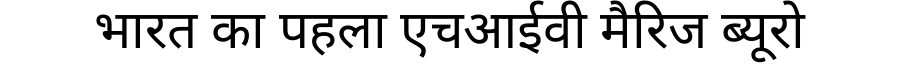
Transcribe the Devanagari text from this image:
भारत का पहला एचआईवी मैरिज ब्यूरो